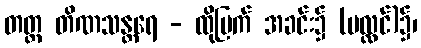
တတ္ထ တိဏသန္တရေ - ထိုမြက် အခင်း၌ (ပလ္လင်)၌၊